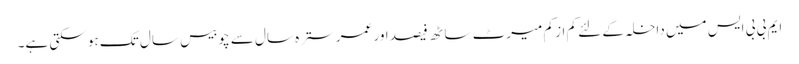
ایم بی بی ایس میں داخلہ کے لئے کم از کم میرٹ ساٹھ فیصد اور عمر سترہ سال سے چوبیس سال تک ہو سکتی ہے۔